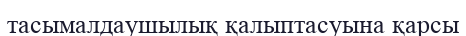
тасымалдаушылық қалыптасуына қарсы